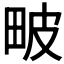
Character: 𤱍